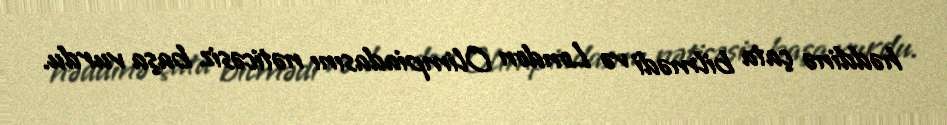
həddinə çata bilmədi və London Olimpiadasını nəticəsiz başa vurdu.